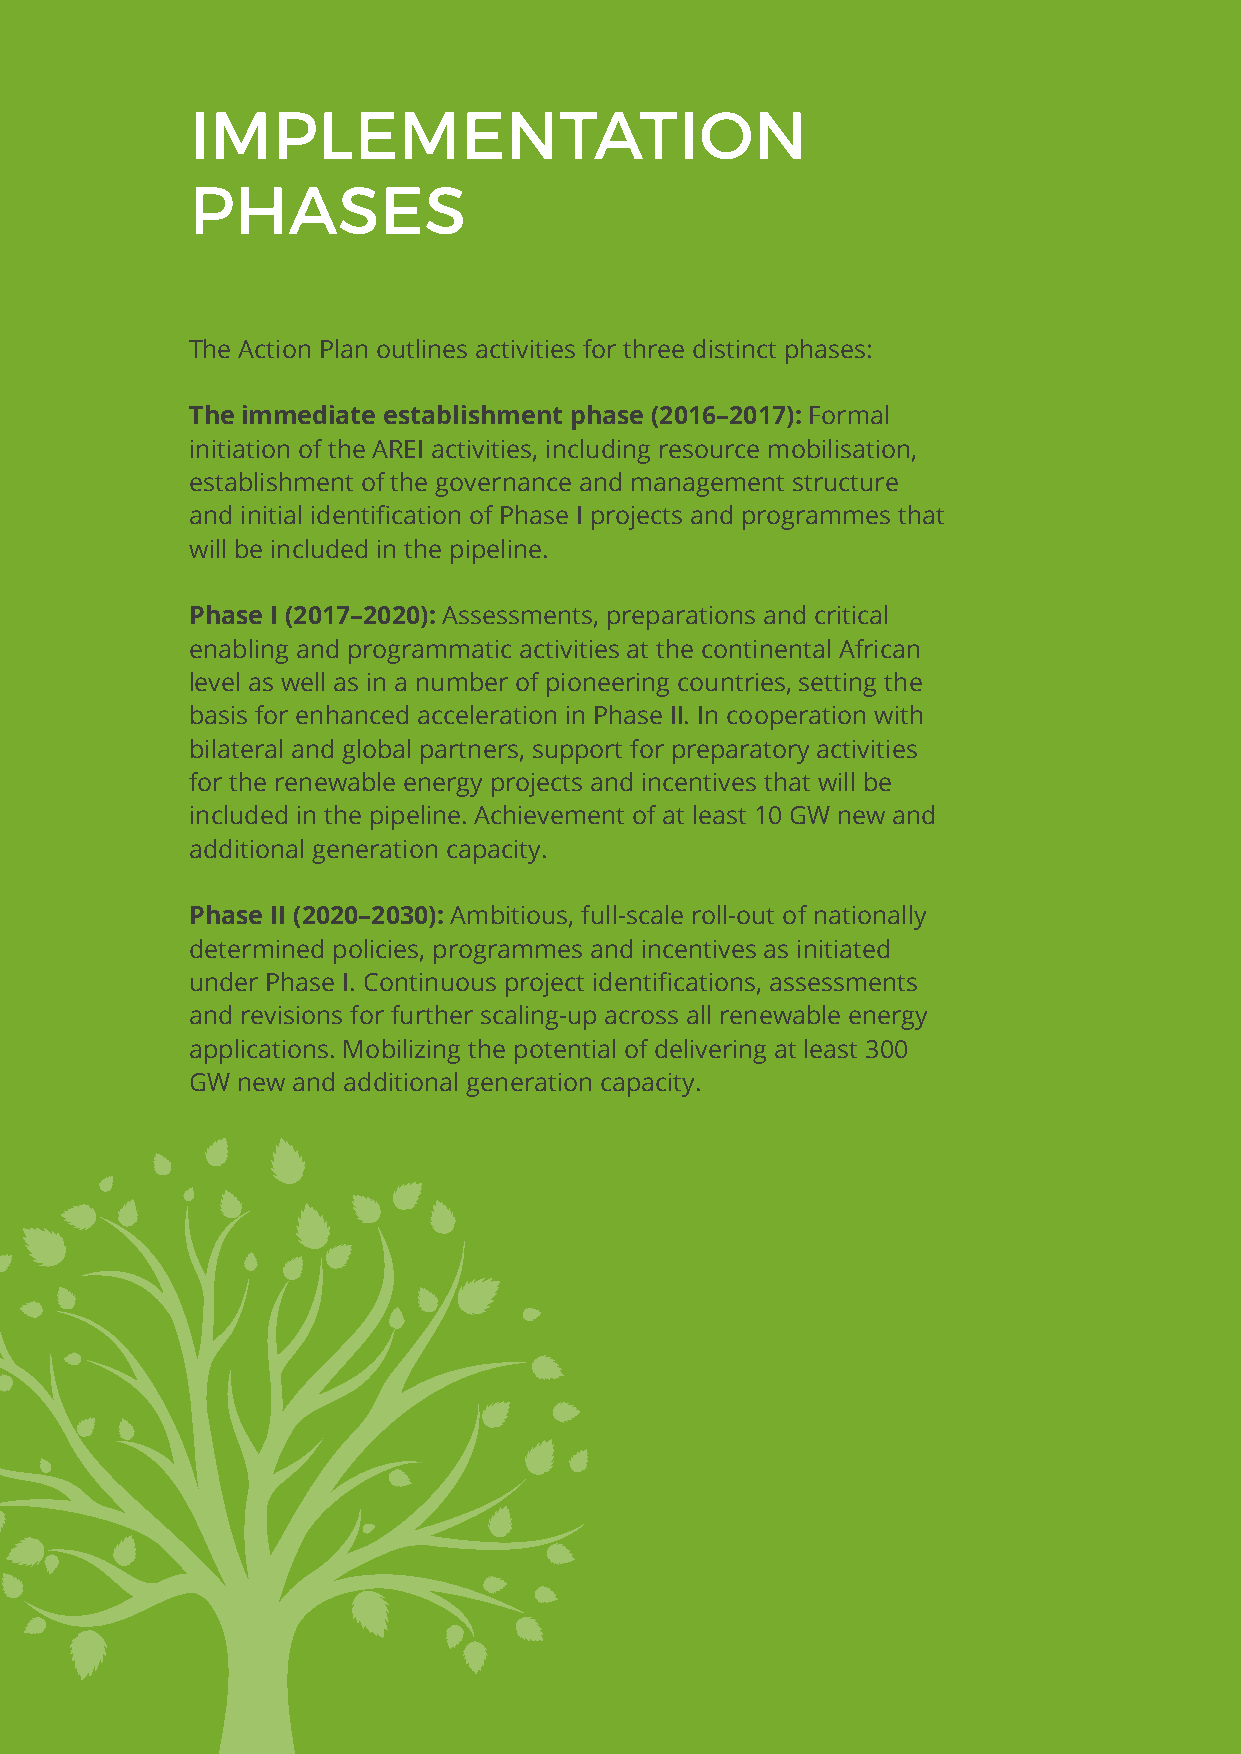
IMPLEMENTATION
 PHASES
 The Action Plan outlines activities for three distinct phases:
 The immediate establishment phase (2016–2017): Formal
 initiation of the AREI activities, including resource mobilisation,
 establishment of the governance and management structure
 and initial identification of Phase I projects and programmes that
 will be included in the pipeline.
 Phase I (2017–2020): Assessments, preparations and critical
 enabling and programmatic activities at the continental African
 level as well as in a number of pioneering countries, setting the
 basis for enhanced acceleration in Phase II. In cooperation with
 bilateral and global partners, support for preparatory activities
 for the renewable energy projects and incentives that will be
 included in the pipeline. Achievement of at least 10 GW new and
 additional generation capacity.
 Phase II (2020–2030): Ambitious, full-scale roll-out of nationally
 determined policies, programmes and incentives as initiated
 under Phase I. Continuous project identifications, assessments
 and revisions for further scaling-up across all renewable energy
 applications. Mobilizing the potential of delivering at least 300
 GW new and additional generation capacity.
 8